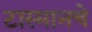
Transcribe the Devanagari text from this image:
टास्मानचे